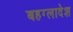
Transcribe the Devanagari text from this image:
बहग्लादेश